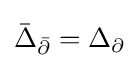
{\bar {\Delta }}_{\bar {\partial }}=\Delta _{\partial }